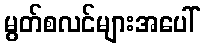
မွတ်စလင်များအပေါ်